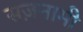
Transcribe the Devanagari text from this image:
सज़नामी